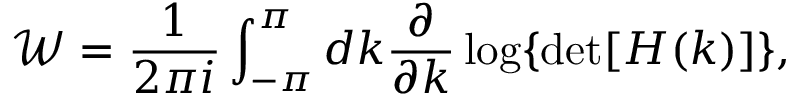
\mathcal { W } = \frac { 1 } { 2 \pi i } \int _ { - \pi } ^ { \pi } d k \frac { \partial } { \partial k } \log \{ \operatorname* { d e t } [ H ( k ) ] \} ,